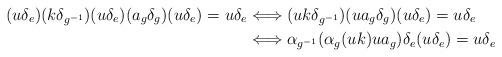
LaTeX: \begin{align*}(u \delta_e) (k \delta_{g^{-1}}) (u \delta_e) (a_g \delta_g) (u \delta_e) = u \delta_e&\Longleftrightarrow(uk \delta_{g^{-1}}) (u a_g \delta_g) (u \delta_e) = u \delta_e \\&\Longleftrightarrow\alpha_{g^{-1}}( \alpha_g(uk) u a_g ) \delta_e (u \delta_e) = u \delta_e\end{align*}